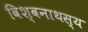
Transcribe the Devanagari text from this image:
विश्वनाथस्य